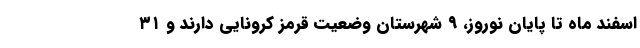
اسفند ماه تا پایان نوروز، ۹ شهرستان وضعیت قرمز کرونایی دارند و ۳۱